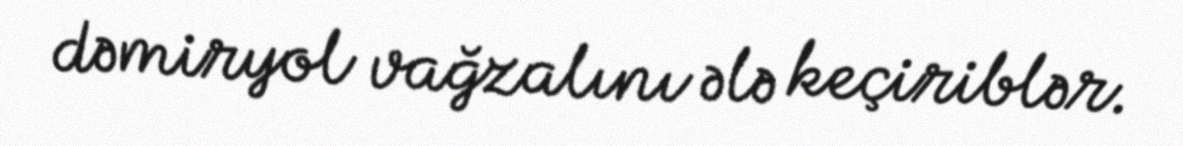
dəmiryol vağzalını ələ keçiriblər.